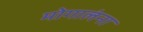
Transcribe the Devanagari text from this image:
मोगालंना